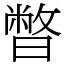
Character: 暼